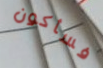
فسأكون